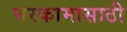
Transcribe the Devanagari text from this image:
घरकामासाठी